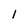
Character: 1